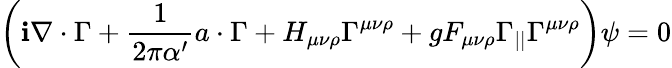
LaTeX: \left(\mathbf{i}\nabla\cdot\Gamma+\frac{{1}}{{2\pi\alpha^{\prime}}}a\cdot\Gamma+H_{\mu\nu\rho}\Gamma^{\mu\nu\rho}+gF_{\mu\nu\rho}\Gamma_{||}\Gamma^{\mu\nu\rho}\right)\psi=0